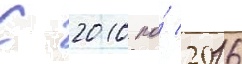
С 2010 по́ 2016